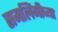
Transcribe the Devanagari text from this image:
समलिंगीच्या